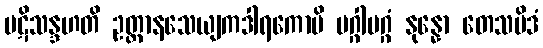
ပဋိသန္ဒဟတိ ဥတ္တာနသေယျကဒါရကောပိ မဂ္ဂါမဂ္ဂံ နုန္နော တေသမိဒံ